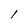
Character: l